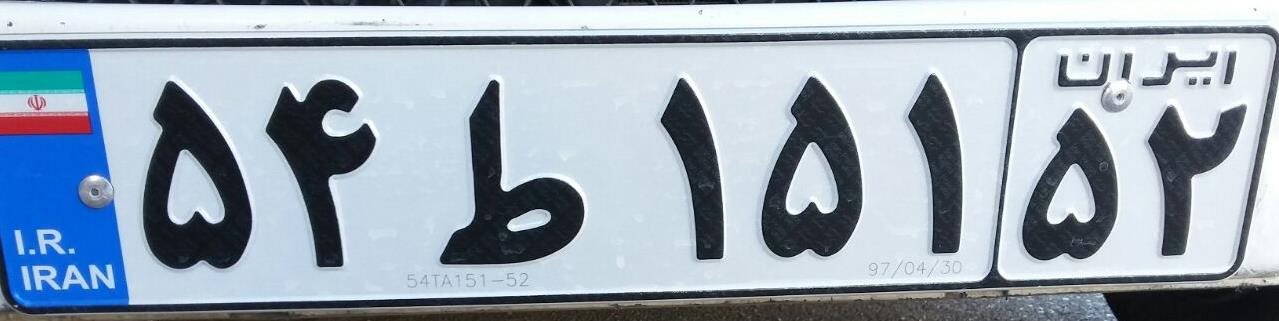
۵۴ط۱۵۱۵۲